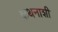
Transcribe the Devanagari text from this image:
कथनाशी